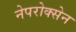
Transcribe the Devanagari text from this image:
नेपरोक्सेन